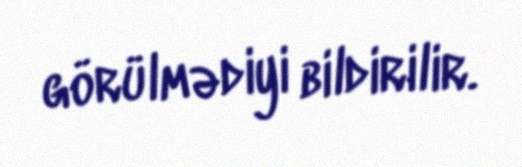
görülmədiyi bildirilir.